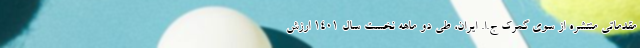
مقدماتی منتشره از سوی گمرک ج.ا. ایران، طی دو ماهه نخست سال ۱۴۰۱ ارزش